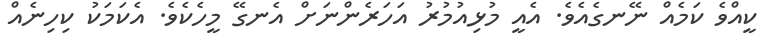
ކީއްވެ ކަމެއް ނޭނގެއެވެ. އެއީ މުޅިއުމުރު އަހަރެންނަށް އެނގޭ މީހެކެވެ. އެކަމަކު ކިހިނެއް